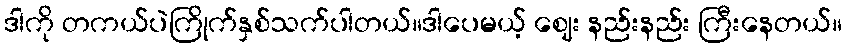
ဒါကို တကယ်ပဲကြိုက်နှစ်သက်ပါတယ်။ဒါပေမယ့် ဈေး နည်းနည်း ကြီးနေတယ်။